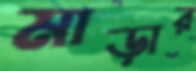
মাড়ার